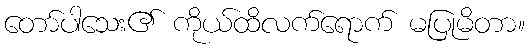
တော်ပါသေး၏ ကိုယ်ထိလက်ရောက် မပြုမိတာ။